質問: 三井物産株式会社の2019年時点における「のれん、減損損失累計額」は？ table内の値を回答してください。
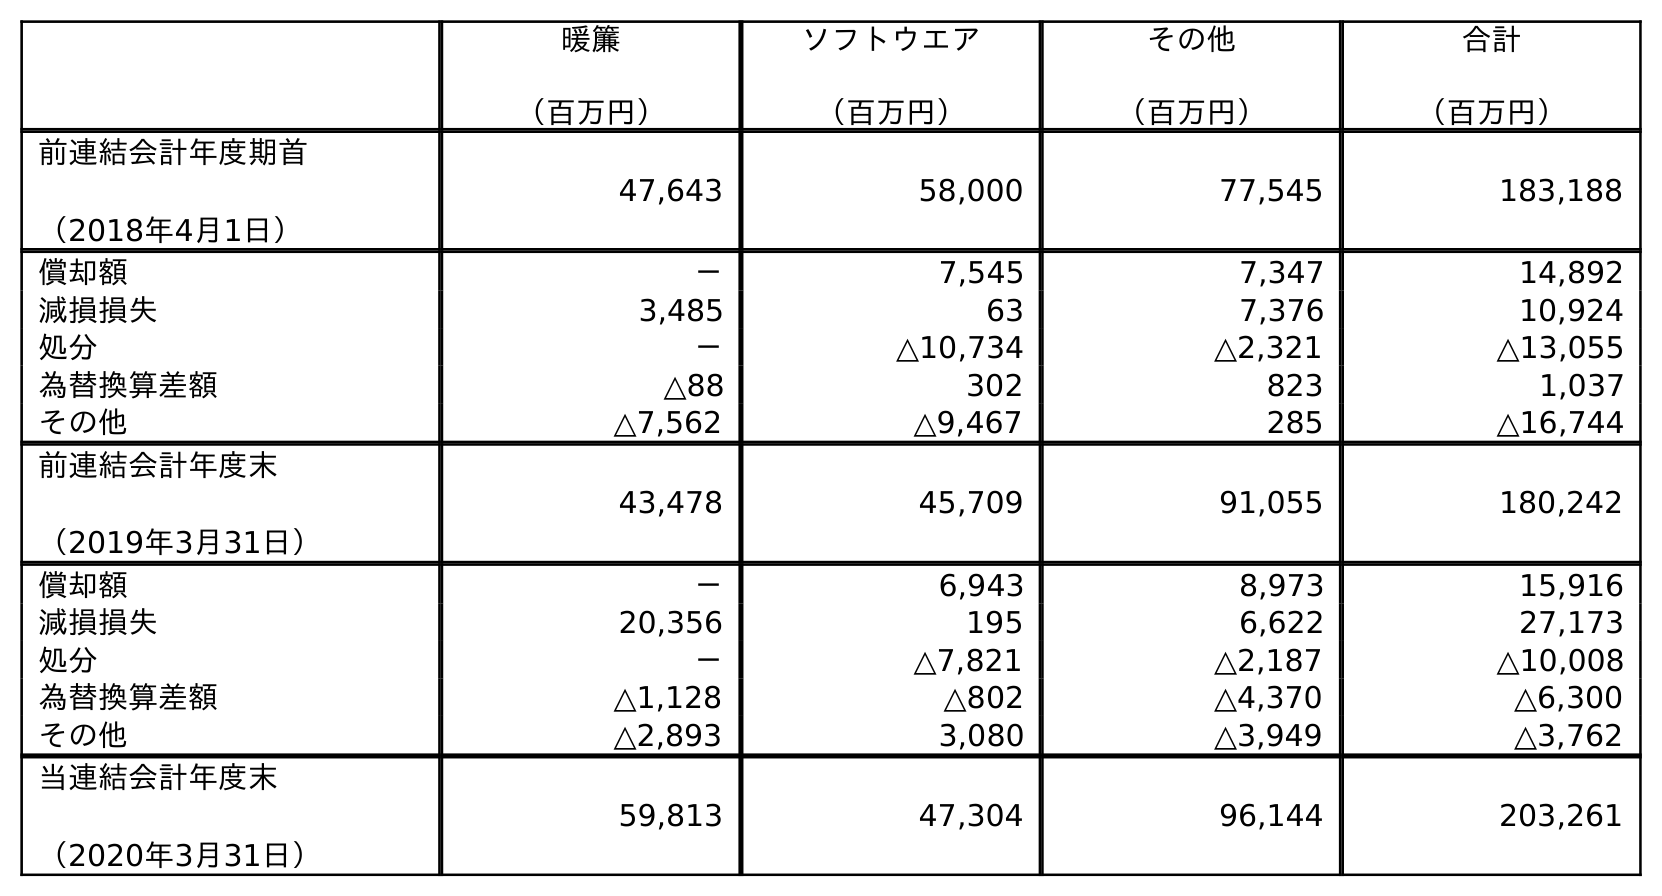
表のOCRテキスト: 暖簾 （百万円） ソフトウエア （百万円） その他 （百万円） 合計 （百万円） 前連結会計年度期首 （2018年4月1日） 47,643 58,000 77,545 183,188 償却額 － 7,545 7,347 14,892 減損損失 3,485 63 7,376 10,924 処分 － △10,734 △2,321 △13,055 為替換算差額 △88 302 823 1,037 その他 △7,562 △9,467 285 △16,744 前連結会計年度末 （2019年3月31日） 43,478 45,709 91,055 180,242 償却額 － 6,943 8,973 15,916 減損損失 20,356 195 6,622 27,173 処分 － △7,821 △2,187 △10,008 為替換算差額 △1,128 △802 △4,370 △6,300 その他 △2,893 3,080 △3,949 △3,762 当連結会計年度末 （2020年3月31日） 59,813 47,304 96,144 203,261
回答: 43,478